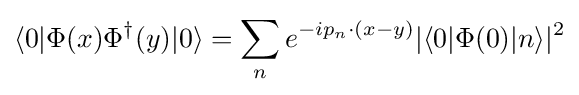
\langle 0|\Phi (x)\Phi ^{\dagger }(y)|0\rangle =\sum _{n}e^{-ip_{n}\cdot (x-y)}|\langle 0|\Phi (0)|n\rangle |^{2}